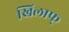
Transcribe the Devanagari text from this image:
खिलाफ्